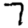
Digit: 7